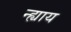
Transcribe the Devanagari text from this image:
न्ह्याय